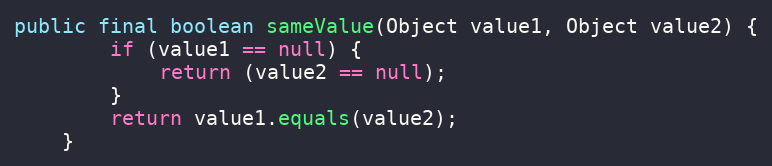
Language: Java
public final boolean sameValue(Object value1, Object value2) {
        if (value1 == null) {
            return (value2 == null);
        }
        return value1.equals(value2);
    }